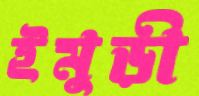
ইমুড়ী